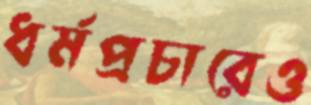
ধর্মপ্রচারেও